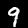
Label: 9